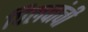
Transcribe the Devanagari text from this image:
पिलवांची